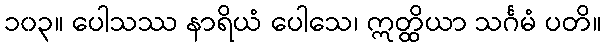
၁၀၃။ ပေါသဿ နာရိယံ ပေါသေ၊ ဣတ္ထိယာ သင်္ဂမံ ပတိ။